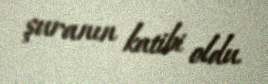
şuranın katibi oldu.